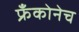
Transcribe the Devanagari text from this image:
फ्रँकोनेच